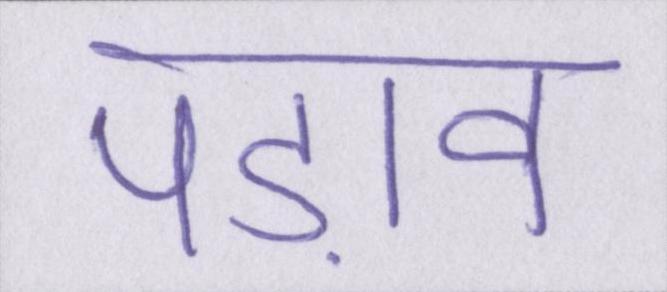
पड़ाव